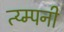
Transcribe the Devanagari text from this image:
त्य्म्पनी